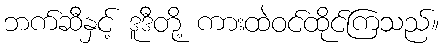
ဘက်ဆီနှင့် ဒူဒီတို့ ကားထဲဝင်ထိုင်ကြသည်။